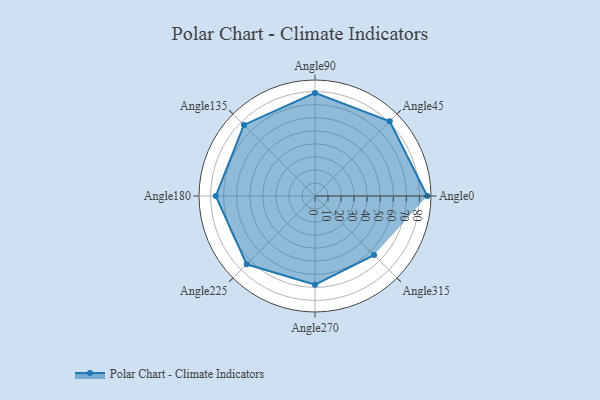
{"axis": {"x": "Angle", "y": "Radius"}, "legend": [""], "data": [{"x": "Angle0", "y": 86.0, "type": ""}, {"x": "Angle45", "y": 81.0, "type": ""}, {"x": "Angle90", "y": 79.0, "type": ""}, {"x": "Angle135", "y": 77.0, "type": ""}, {"x": "Angle180", "y": 76.0, "type": ""}, {"x": "Angle225", "y": 74.0, "type": ""}, {"x": "Angle270", "y": 68.0, "type": ""}, {"x": "Angle315", "y": 64.0, "type": ""}]}